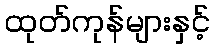
ထုတ်ကုန်များနှင့်